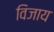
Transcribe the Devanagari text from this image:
विजाय